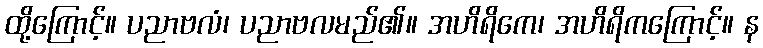
ထို့ကြောင့်။ ပညာဗလံ၊ ပညာဗလမည်၏။ အဟိရိကေ၊ အဟိရိကကြောင့်။ န